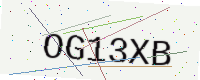
Text: OG13XB